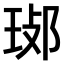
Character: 𤥸